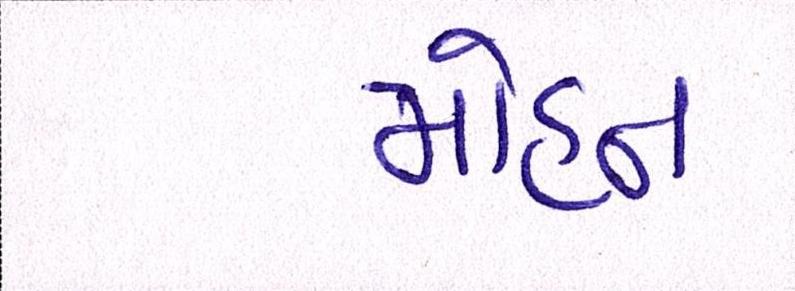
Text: મોહન